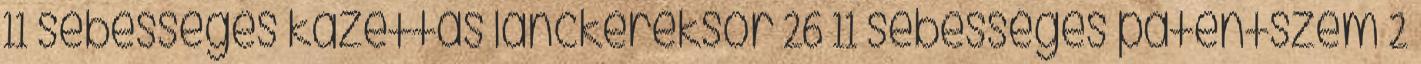
11 sebességes kazettás lánckeréksor 26 11 sebességes patentszem 2